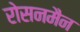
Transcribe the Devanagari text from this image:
रोसनमैन